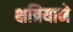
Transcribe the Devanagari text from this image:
क्षत्रियाने